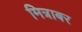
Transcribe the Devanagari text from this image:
मित्राबर